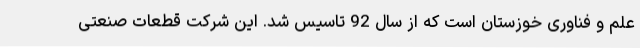
علم و فناوری خوزستان است که از سال 92 تاسیس شد. این شرکت قطعات صنعتی